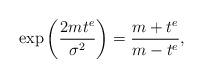
LaTeX: \begin{align*}\exp\left(\frac{2mt^e}{\sigma^2}\right)=\frac{m+t^e}{m-t^e},\end{align*}